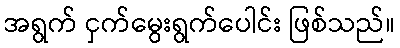
အရွက် ငှက်မွေးရွက်ပေါင်း ဖြစ်သည်။